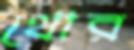
থোর